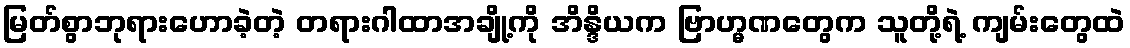
မြတ်စွာဘုရားဟောခဲ့တဲ့ တရားဂါထာအချို့ကို အိန္ဒိယက ဗြာဟ္မဏတွေက သူတို့ရဲ့ ကျမ်းတွေထဲ